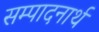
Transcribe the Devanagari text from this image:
सम्पादनार्थ